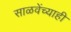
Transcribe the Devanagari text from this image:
साळवेंच्याही